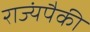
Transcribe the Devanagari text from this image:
राज्यंपैकी